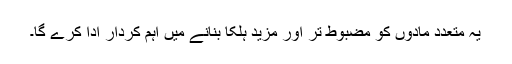
یہ متعدد مادوں کو مضبوط تر اور مزید ہلکا بنانے میں اہم کردار ادا کرے گا۔